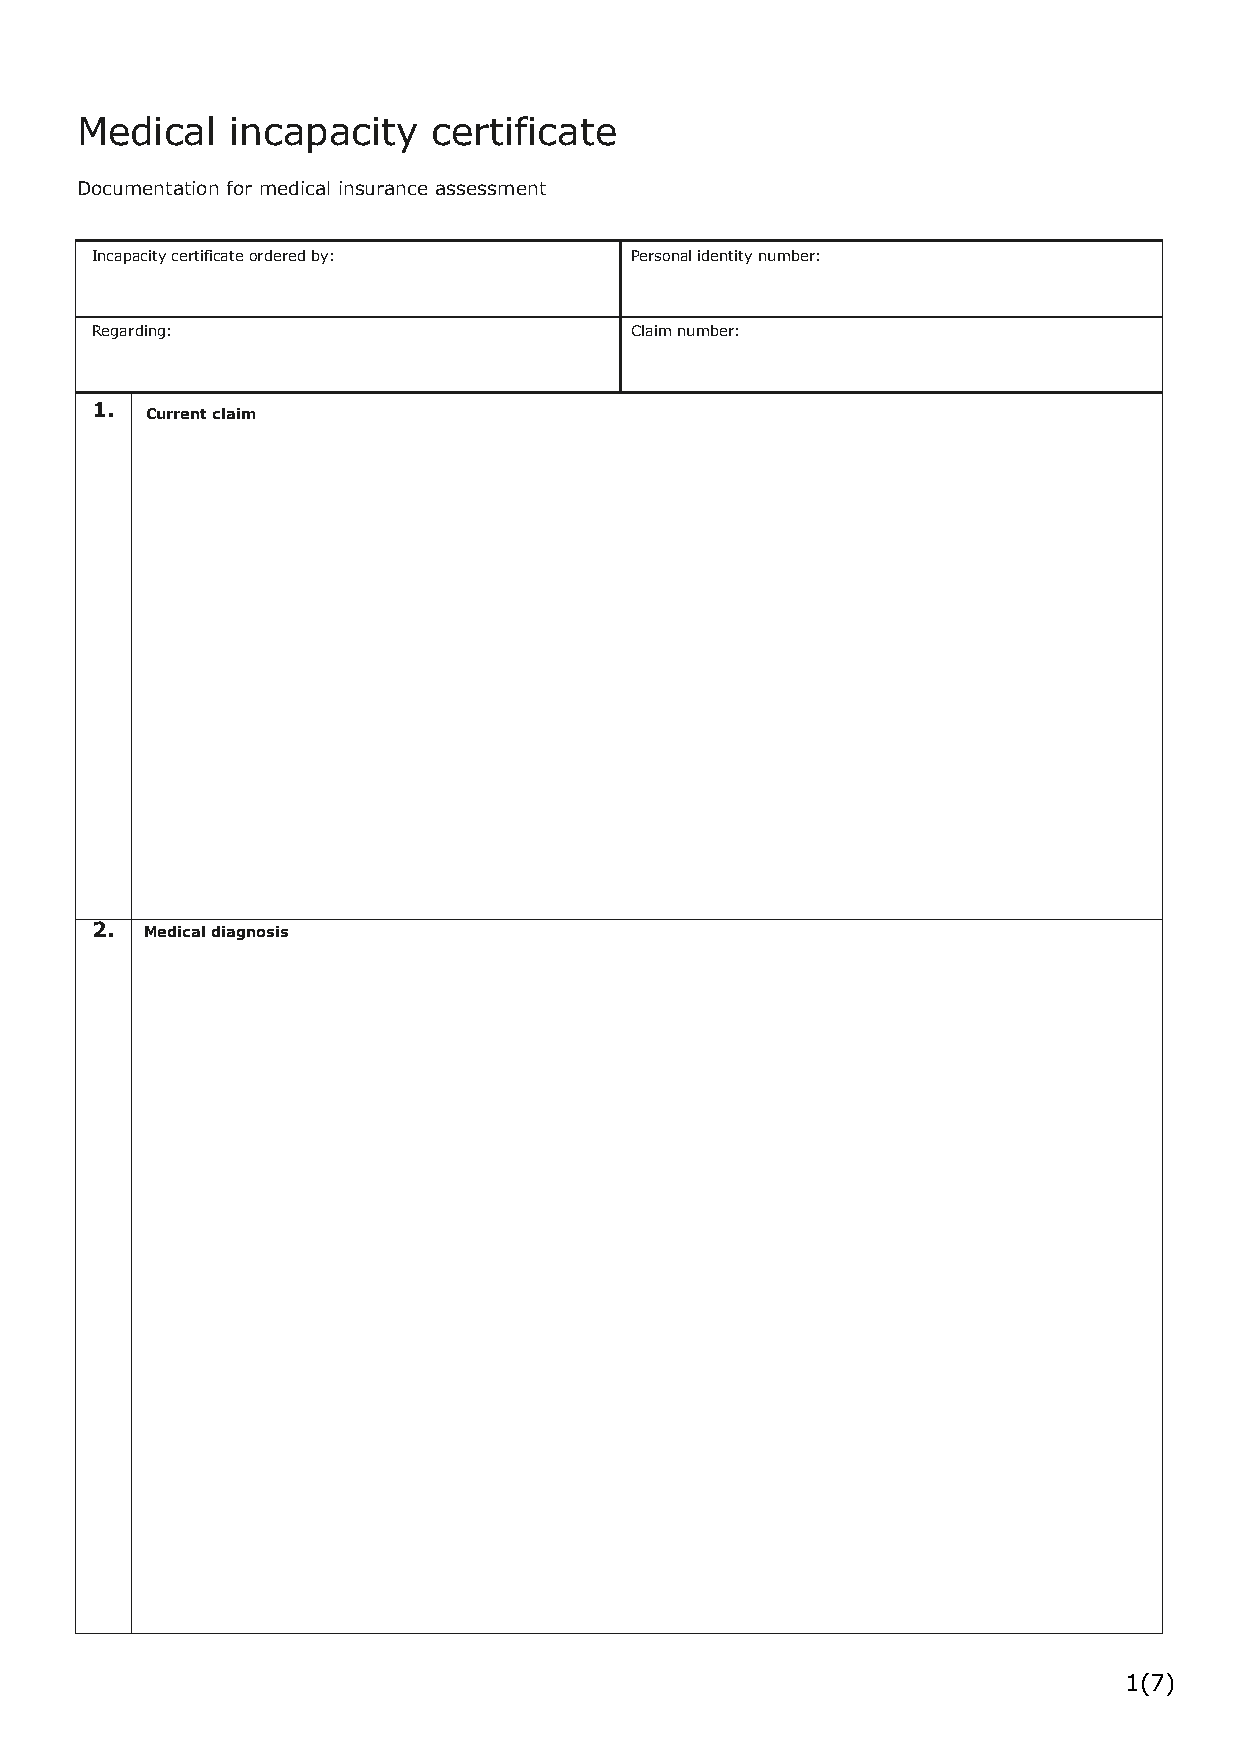
Medical   incapacity    certificate
 Documentation for medical insurance assessment
 Incapacity certificate ordered by:  Personal identity number:
 Regarding:                          Claim number:
 1.  Current claim
 2.  Medical diagnosis
 1(7)